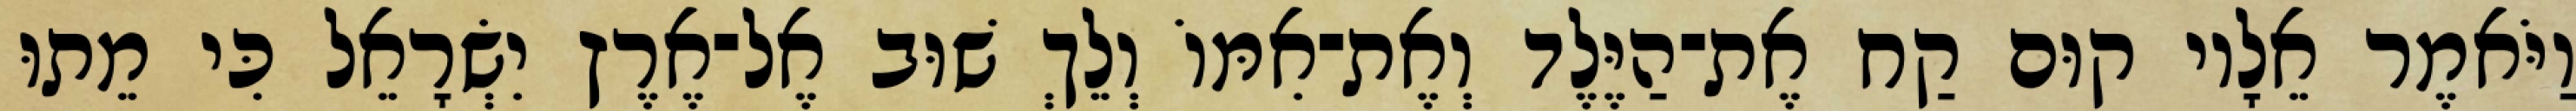
וַיֹּאמֶר אֵלָיו קוּם קַח אֶת־הַיֶּלֶד וְאֶת־אִמּוֹ וְלֵךְ שׁוּב אֶל־אֶרֶץ יִשְׂרָאֵל כִּי מֵתוּ